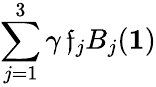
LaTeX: \sum_{j=1}^{3}\gamma\, \mathfrak{f}_{j}B_{j}(\mathbf{{1}})